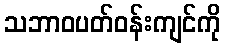
သဘာဝပတ်ဝန်းကျင်ကို